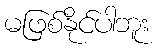
မဖြစ်နိုင်ပါဘူး